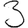
Digit: 3